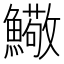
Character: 𩼃